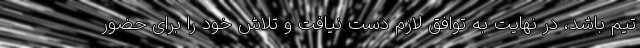
تیم باشد، در نهایت به توافق لازم دست نیافت و تلاش خود را برای حضور